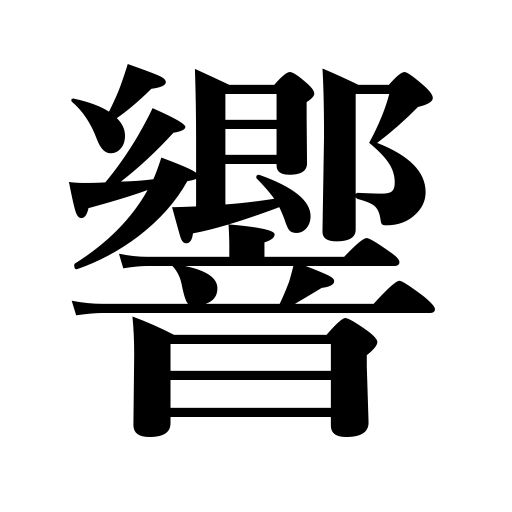
Meanings: grate on,sound,resound,become known,affect,echo,vibrate,find an echo in,reverberate,ring